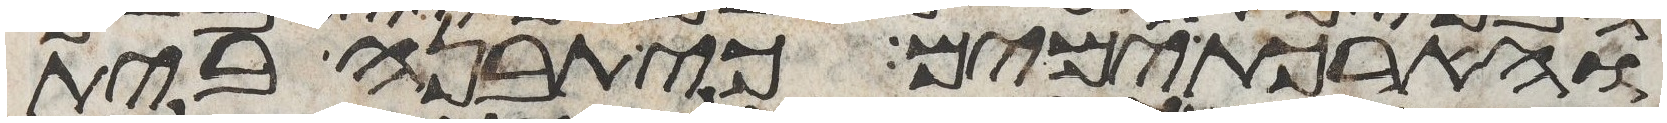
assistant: והארכת ימים כי תבנה בית